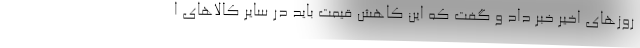
روزهای اخیر خبر داد و گفت که این کاهش قیمت باید در سایر کالاهای ا